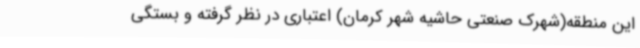
این منطقه(شهرک صنعتی حاشیه شهر کرمان) اعتباری در نظر گرفته و بستگی